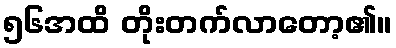
၅၆အထိ တိုးတက်လာတော့၏။